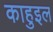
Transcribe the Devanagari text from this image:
काहुइल